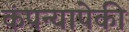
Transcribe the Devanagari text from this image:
कंपन्यापेकी